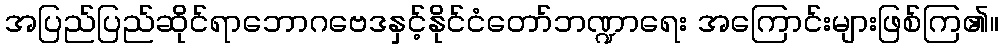
အပြည်ပြည်ဆိုင်ရာဘောဂဗေဒနှင့်နိုင်ငံတော်ဘဏ္ဍာရေး အကြောင်းများဖြစ်ကြ၏။